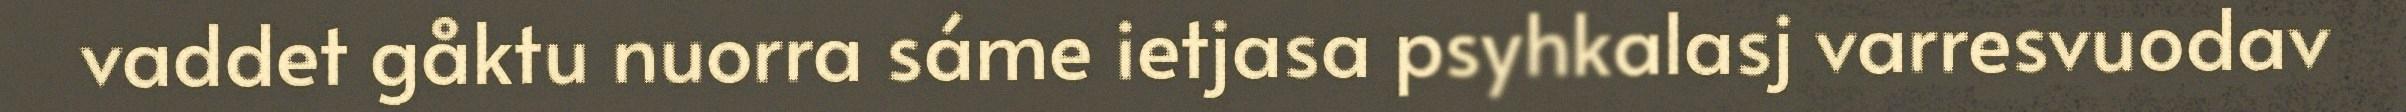
vaddet gåktu nuorra sáme ietjasa psyhkalasj varresvuodav